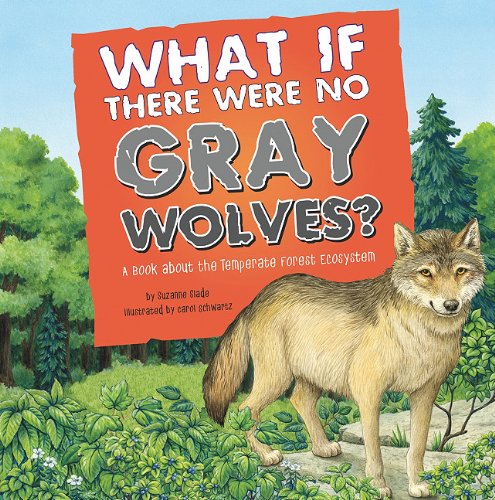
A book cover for What If There Were No Gray Wolves?: A Book About the Temperate Forest Ecosystem (Food Chain Reactions); Suzanne Slade; Children's Books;